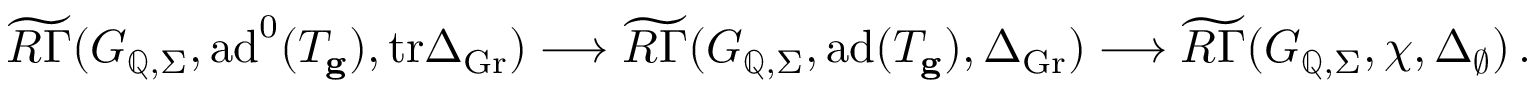
\widetilde { R \Gamma } ( G _ { \mathbb { Q } , \Sigma } , \mathrm { a d } ^ { 0 } ( T _ { \mathbf { g } } ) , \mathrm { t r } \Delta _ { \mathrm { G r } } ) \longrightarrow \widetilde { R \Gamma } ( G _ { \mathbb { Q } , \Sigma } , \mathrm { a d } ( T _ { \mathbf { g } } ) , \Delta _ { \mathrm { G r } } ) \longrightarrow \widetilde { R \Gamma } ( G _ { \mathbb { Q } , \Sigma } , \chi , \Delta _ { \emptyset } ) \, .